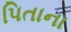
પિતાના